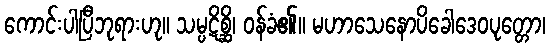
ကောင်းပါပြီဘုရားဟု။ သမ္ပဋိစ္ဆိ၊ ဝန်ခံ၏။ မဟာသေနောပိခေါဒေဝပုတ္တော၊